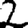
Digit: 2